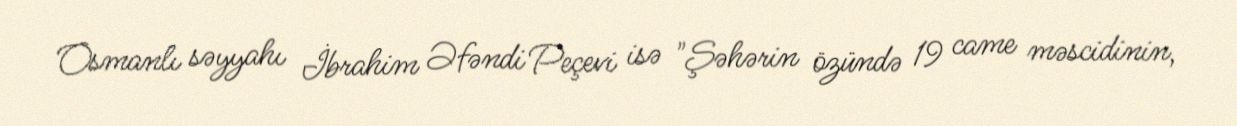
Osmanlı səyyahı İbrahim Əfəndi Peçevi isə "Şəhərin özündə 19 came məscidinin,